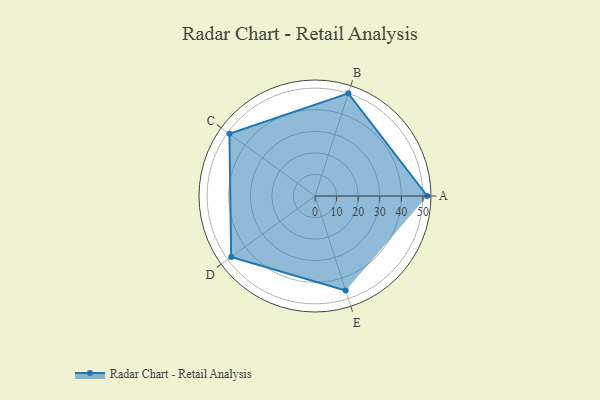
{"axis": {"x": "Skill", "y": "Score"}, "legend": ["Profile"], "data": [{"x": "A", "y": 52.0, "type": "Profile"}, {"x": "B", "y": 50.0, "type": "Profile"}, {"x": "C", "y": 49.0, "type": "Profile"}, {"x": "D", "y": 48.0, "type": "Profile"}, {"x": "E", "y": 46.0, "type": "Profile"}]}